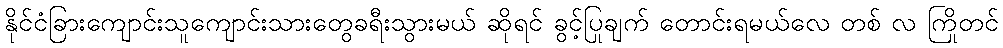
နိုင်ငံခြားကျောင်းသူကျောင်းသားတွေခရီးသွားမယ် ဆိုရင် ခွင့်ပြုချက် တောင်းရမယ်လေ တစ် လ ကြိုတင်